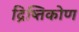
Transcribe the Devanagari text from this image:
द्रिष्तिकोण